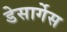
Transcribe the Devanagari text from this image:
डेसार्गेस